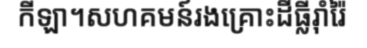
កីឡា។សហគមន៍រងគ្រោះដីធ្លីរ៉ាំរ៉ៃ